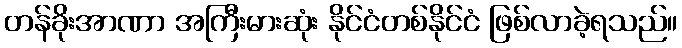
တန်ခိုးအာဏာ အကြီးမားဆုံး နိုင်ငံတစ်နိုင်ငံ ဖြစ်လာခဲ့ရသည်။